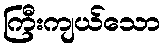
ကြီးကျယ်သော